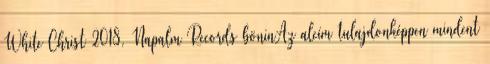
White Christ 2018, Napalm Records böninAz alcím tulajdonképpen mindent